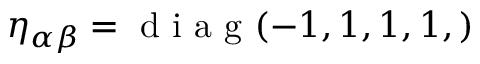
\eta _ { \alpha \beta } = \mathrm { ~ d ~ i ~ a ~ g ~ } ( - 1 , 1 , 1 , 1 , )